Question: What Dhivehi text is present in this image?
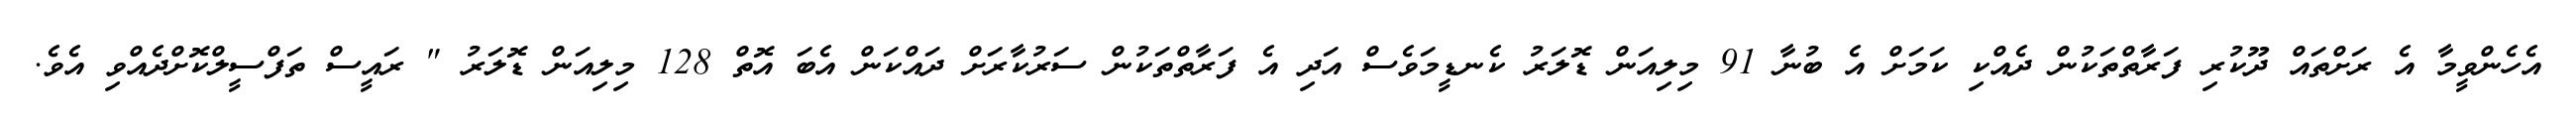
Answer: އެހެންވީމާ އެ ރަށްތައް ދޫކުރި ފަރާތްތަކުން ދެއްކި ކަމަށް އެ ބުނާ 91 މިލިއަން ޑޮލަރު ކެނޑީމަވެސް އަދި އެ ފަރާތްތަކުން ސަރުކާރަށް ދައްކަން އެބަ އޮތް 128 މިލިއަން ޑޮލަރު " ރައީސް ތަފްސީލްކޮށްދެއްވި އެވެ.